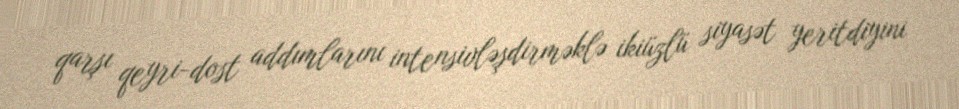
qarşı qeyri-dost addımlarını intensivləşdirməklə ikiüzlü siyasət yeritdiyini